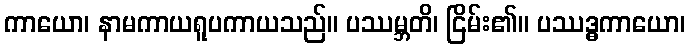
ကာယော၊ နာမကာယရူပကာယသည်။ ပဿမ္ဘတိ၊ ငြိမ်း၏။ ပဿဒ္ဓကာယော၊